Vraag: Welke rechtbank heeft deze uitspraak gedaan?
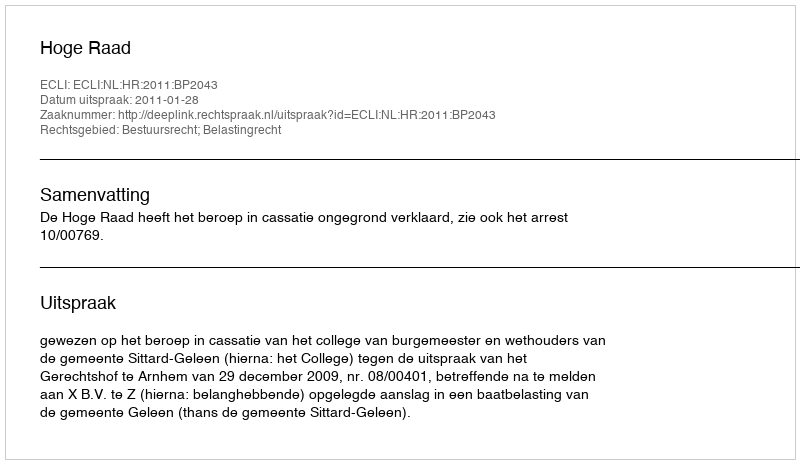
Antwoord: Hoge Raad